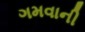
ગમવાની